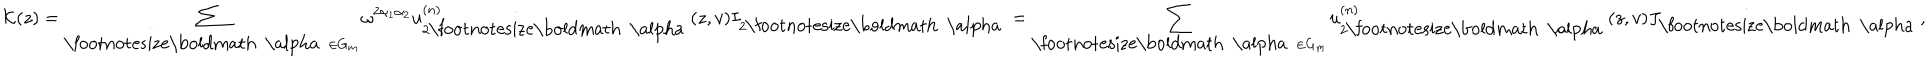
{ \cal K } ( z ) = \sum _ { \mathrm { \footnotesize \boldmath ~ \ a l p h a ~ } \in G _ { m } } \omega ^ { 2 \alpha _ { 1 } \alpha _ { 2 } } u _ { 2 \mathrm { \footnotesize \boldmath ~ \ a l p h a ~ } } ^ { ( n ) } ( z , v ) I _ { 2 \mathrm { \footnotesize \boldmath ~ \ a l p h a ~ } } = \sum _ { \mathrm { \footnotesize \boldmath ~ \ a l p h a ~ } \in G _ { m } } u _ { 2 \mathrm { \footnotesize \boldmath ~ \ a l p h a ~ } } ^ { ( n ) } ( z , v ) J _ { \mathrm { \footnotesize \boldmath ~ \ a l p h a ~ } } ,